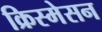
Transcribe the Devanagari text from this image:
क्रिस्मेसन